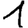
Digit: 1